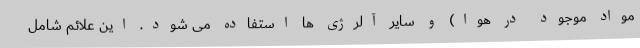
مواد موجود در هوا) و سایر آلرژی ها استفاده می شود. این علائم شامل